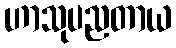
ဟာသုပညတာယ